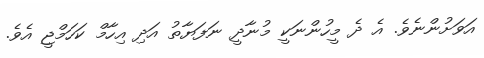
އަވަށުންނެވެ. އެ ދެ މީހުންނަކީ މުނާދީ ނަފަޔާތު އަދި އިހާމް ކަހަމްޖީ އެވެ.